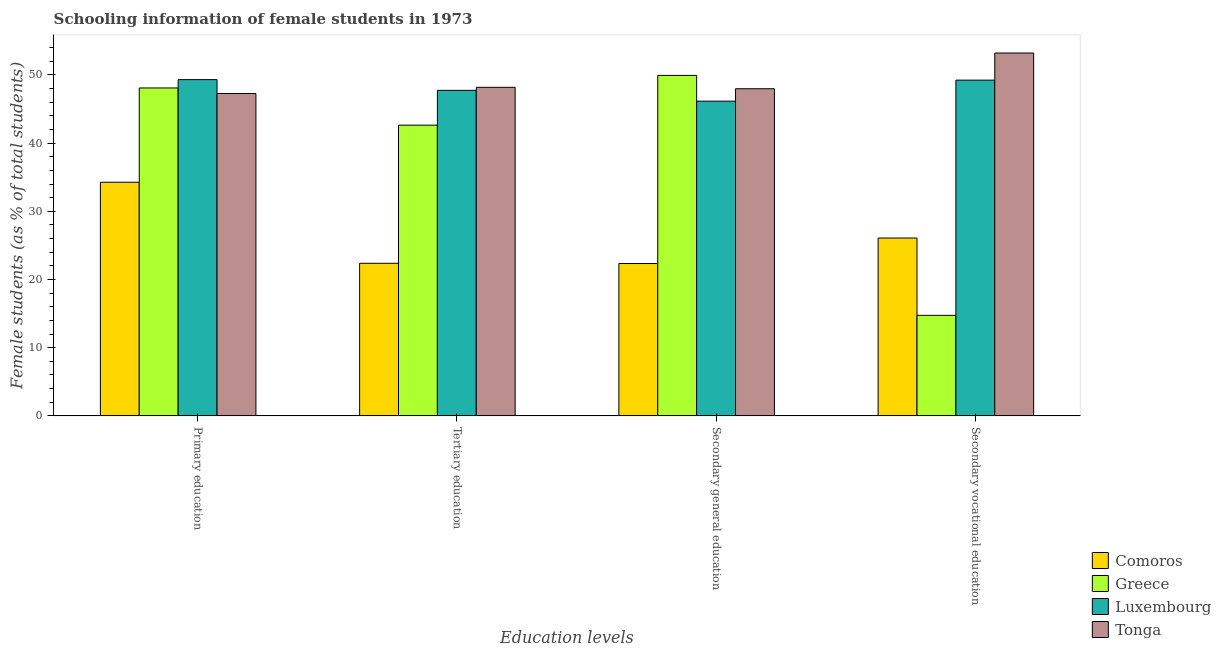
| Education levels | Comoros | Greece | Luxembourg | Tonga |
 | --- | --- | --- | --- | --- |
 | Primary education | 34.3 | 48.1 | 49.3 | 47.3 |
 | Tertiary education | 22.4 | 42.6 | 47.7 | 48.2 |
 | Secondary general education | 22.3 | 49.9 | 46.2 | 48 |
 | Secondary vocational education | 26.1 | 14.7 | 49.2 | 53.2 |